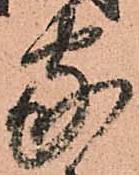
家